Lunatic asylums Punjab 1895-1910 - 1895-1910
Year: 1895
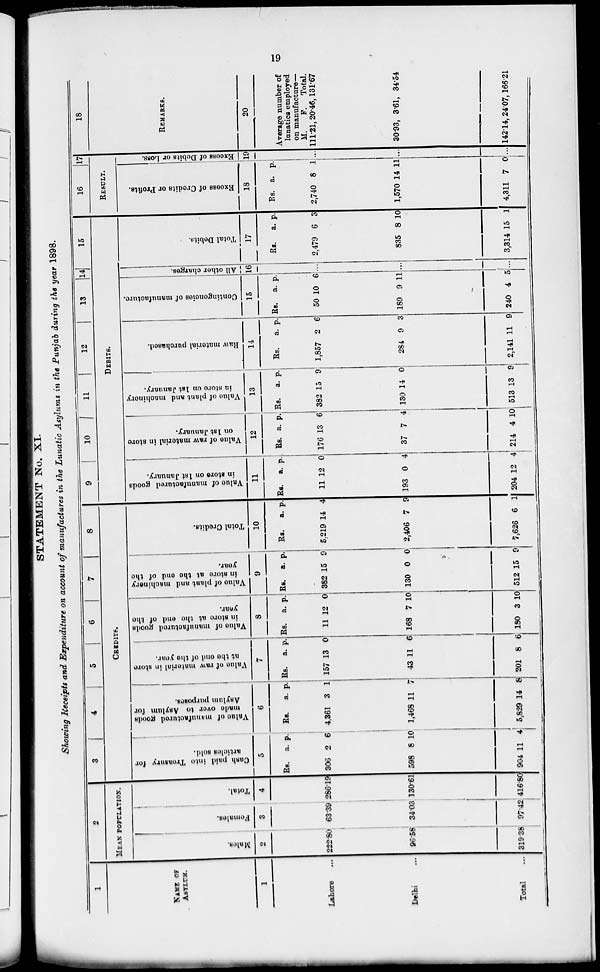
19
STATEMENT No. XI.
Showing Receipts and Expenditure on account of manufactures in the Lunatic Asylums in the Punjab during the year 1898.
1
NAME OF
ASYLUM.
1
Lahore
...
Delhi ...
Total ...
2
MEAN POPULATION.
Males.
2
222.80
96.58
319.38
Females.
3
63.39
34.03
97.42
Total.
4
286.19
130.61
416.80
3
4
5
6
7
8
CREDITS.
Cash paid into Treasury for
articles sold.
5
Rs.
306
598
904
a.
2
8
11
p.
6
10
4
Value
of manufactured goods
made
over
to Asylum for
Asylum purposes.
6
Rs.
4,361
1,468
5,829
a.
3
11
14
p.
1
7
8
Value
of raw material in store
at the end of the year.
7
Rs.
157
43
201
a.
13
11
8
p.
0
6
6
Value
of manufactured goods
in store at the end of the
year.
8
Rs.
11
168
180
a.
12
7
3
p.
0
10
10
Value
of plant and machinery
in store at the end of the
year.
9
Rs.
382
130
512
a.
15
0
15
p.
9
0
9
Total Credits.
10
Rs.
5.219
2,406
7,626
a.
14
7
6
p.
4
9
1
9
10
11
12
13
14 15
DEBITS.
Value
of manufactured goods
in store on 1st January.
11
Rs.
11
193
204
a.
12
0
12
p.
0
4
4
Value of raw material in store
on 1st January.
12
Rs.
176
37
214
a.
13
7
4
p.
6
4
10
Value
of plant and machinery
in
store on 1st January.
13
Rs.
382
130
513
a.
15
14
13
p.
9
0
9
Raw material purchased.
14
Rs.
1,857
284
2,141
a.
2
9
11
p.
6
3
9
Contingencies of manufacture.
15
Rs.
50
189
240
a.
10
9
4
p.
6
11
5
All other charges.
16
...
...
...
Total Debits.
17
Rs.
2,479
835
3,314
a.
6
8
15
p.
3
10
1
16
17
RESULT.
Excess
of Credits or Profits.
18
Rs.
2,740
1,570
4,311
a.
8
14
7
p.
1
11
0
Excess of Debits or Loss.
19
...
...
...
18
REMARKS.
20
Average number of
lunatics employed
on manufacture—
M.
111.21,
30.93,
142.14,
F.
20.46,
3.61,
24.07,
Total.
131.67
34.54
166.21